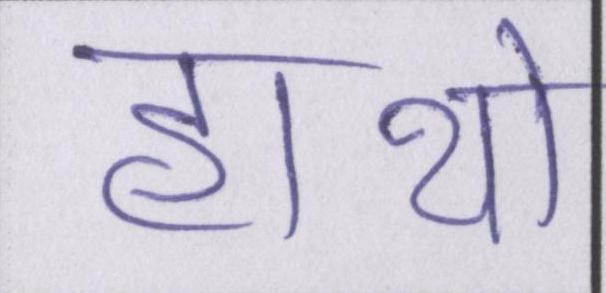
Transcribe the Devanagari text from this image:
हाथो